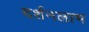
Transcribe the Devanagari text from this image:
दर्शनलाभ